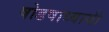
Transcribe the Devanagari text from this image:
षोडषाध्यायी